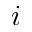
i